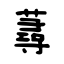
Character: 蕁